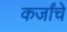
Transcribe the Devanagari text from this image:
कर्जांचे